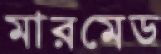
মারমেড